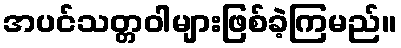
အပင်သတ္တဝါများဖြစ်ခဲ့ကြမည်။